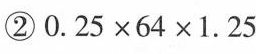
②$$0 .2 5 \times 6 4\times 1 . 2 5$$